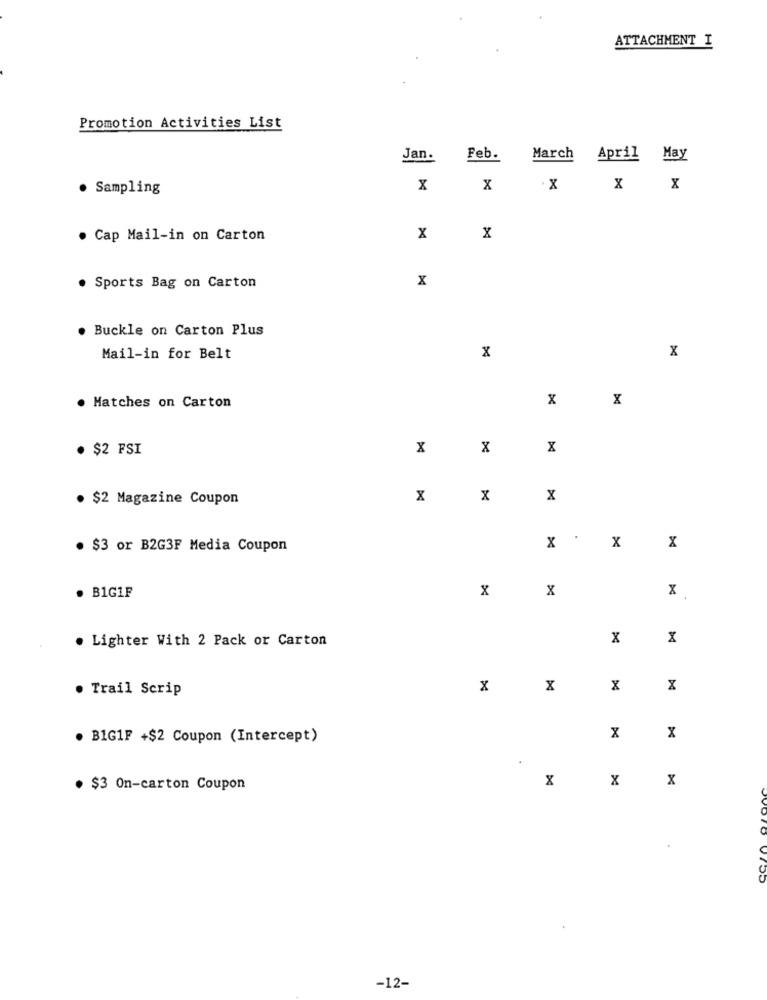
ATTACHMENT I
Promotion Activities List
Jan.
Feb.
March April May
. Sampling
x
X
. X
X X
. Cap Mail-in on Carton
x
X
x
. Sports Bag on Carton
. Buckle on Carton Plus
Mail-in for Belt
x
x
x
x
. Matches on Carton
· $2 FSI
x
X
. $2 Magazine Coupon
X
X
×
. $3 or B2G3F Media Coupon
X .X
X
x
X
. B1G1F
x
8
. Lighter With 2 Pack or Carton
· Trail Scrip
x
X
x
. B1G1F +$2 Coupon (Intercept)
x
x
.
X
X
x
· $3 On-carton Coupon
-12-